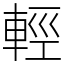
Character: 輕